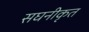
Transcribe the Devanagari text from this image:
सघनीकृत